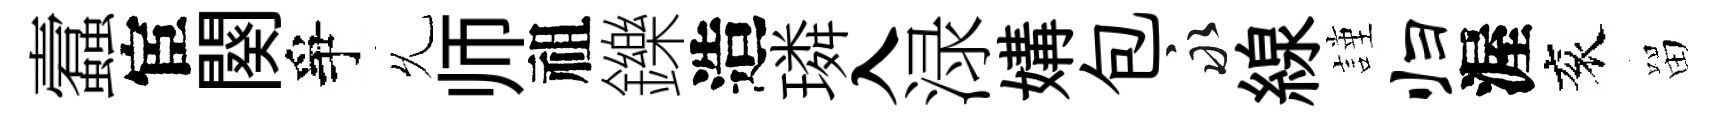
蠧宦闋爭𠃔师祖鑠造璘入渌媾包永線謹归渥衮㽞